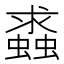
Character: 𧒔